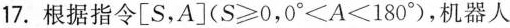
17.根据指令[S，A]($$S\geq0，0\angle＜A＜180^{\circ}$$)，机器人